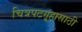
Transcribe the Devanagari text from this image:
चित्रपटगृहासाठी